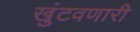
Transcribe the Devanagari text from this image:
खुंटवणारी